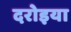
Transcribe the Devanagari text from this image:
दरोइया